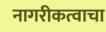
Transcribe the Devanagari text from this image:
नागरीकत्वाचा